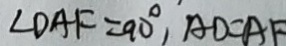
\angle D A F = 9 0 ^ { \circ } , A D = A F